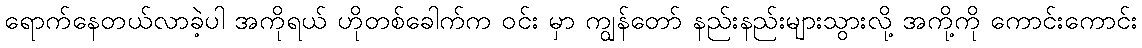
ရောက်နေတယ်လာခဲ့ပါ အကိုရယ် ဟိုတစ်ခေါက်က ဝင်း မှာ ကျွန်တော် နည်းနည်းများသွားလို့ အကို့ကို ကောင်းကောင်း